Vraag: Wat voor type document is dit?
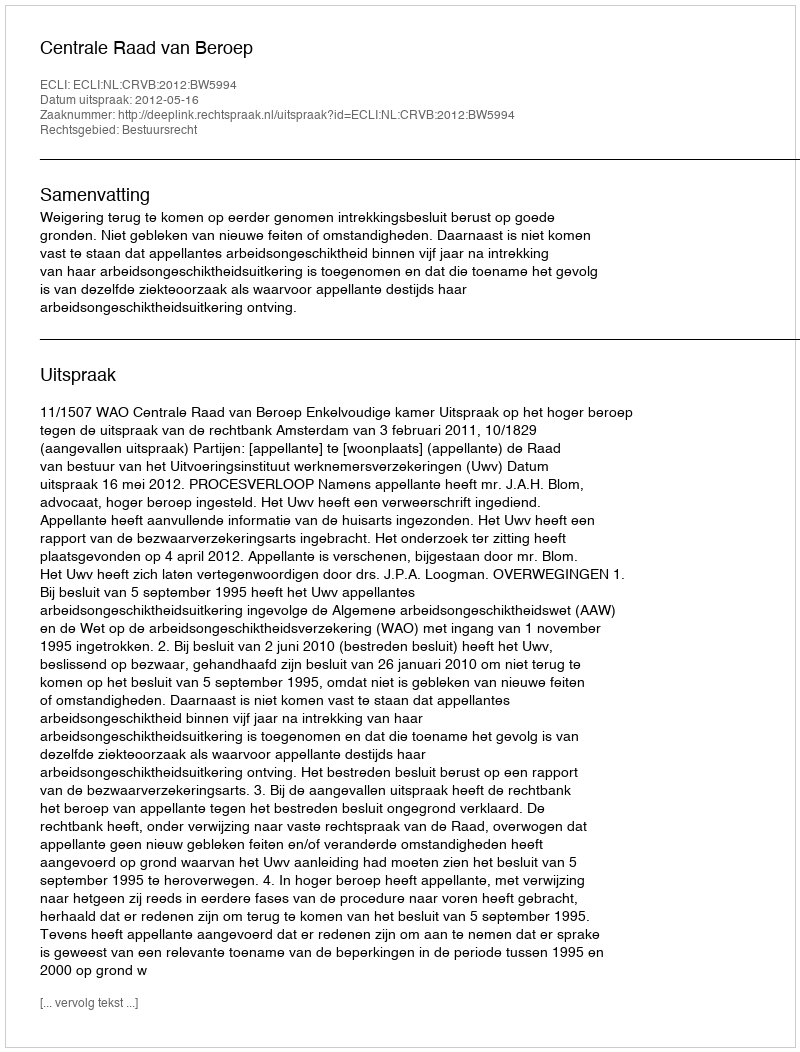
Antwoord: Uitspraak